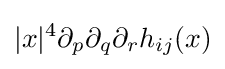
|x|^{4}\partial _{p}\partial _{q}\partial _{r}h_{ij}(x)